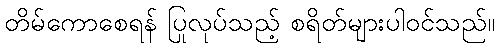
တိမ်ကောစေရန် ပြုလုပ်သည့် စရိတ်များပါဝင်သည်။